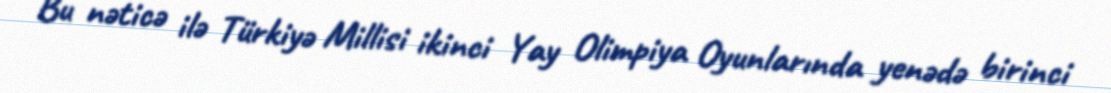
Bu nəticə ilə Türkiyə Millisi ikinci Yay Olimpiya Oyunlarında yenədə birinci